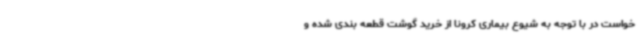
خواست در با توجه به شیوع بیماری کرونا از خرید گوشت قطعه بندی شده و